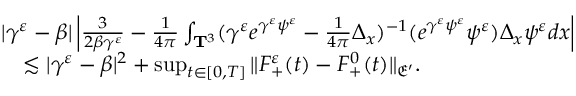
\begin{array} { r l } & { | \gamma ^ { \varepsilon } - \beta | \left| \frac { 3 } { 2 \beta \gamma ^ { \varepsilon } } - \frac { 1 } { 4 \pi } \int _ { \mathbf T ^ { 3 } } ( \gamma ^ { \varepsilon } e ^ { \gamma ^ { \varepsilon } \psi ^ { \varepsilon } } - \frac { 1 } { 4 \pi } \Delta _ { x } ) ^ { - 1 } ( e ^ { \gamma ^ { \varepsilon } \psi ^ { \varepsilon } } \psi ^ { \varepsilon } ) \Delta _ { x } \psi ^ { \varepsilon } d x \right| } \\ & { \quad \lesssim | \gamma ^ { \varepsilon } - \beta | ^ { 2 } + \operatorname* { s u p } _ { t \in [ 0 , T ] } \| F _ { + } ^ { \varepsilon } ( t ) - F _ { + } ^ { 0 } ( t ) \| _ { \mathfrak E ^ { \prime } } . } \end{array}